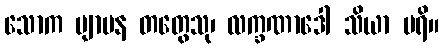
သောက ဗျာပန တတွေသု၊ လက္ခဏာဒေါ သိယာ ပရိ။